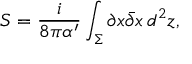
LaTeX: S = \frac { i } { 8 \pi \alpha ^ { \prime } } \int _ { \Sigma } \partial x \bar { \partial } x \, d ^ { 2 } z ,